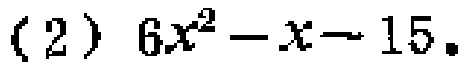
(2) \(6x^{2}-x - 15\)